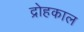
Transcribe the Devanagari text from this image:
द्रोहकाल